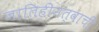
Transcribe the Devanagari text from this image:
जातिहीनत्वाची